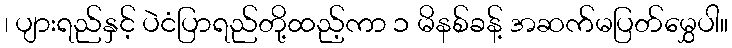
၊ ပျားရည်နှင့် ပဲငံပြာရည်တို့ထည့်ကာ ၁ မိနစ်ခန့် အဆက်မပြတ်မွှေပါ။